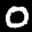
Label: 0